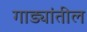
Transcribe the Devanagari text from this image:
गाड्यांतील